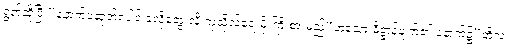
ရွတ်ဆိုပြီး“နောက်ပဆုတ်ပေါင် ခုလိုတွေးလို့ ကုသိုလ်ရေးမို့ ကြိုးစားမည်”ဟူသော ဓိဋ္ဌာန်ချက်၏ နောက်၌“တို့လဲ